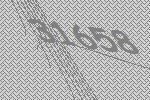
31658